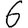
Digit: 6